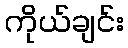
ကိုယ်ချင်း